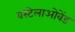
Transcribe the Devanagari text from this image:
वस्टेलाओवेंड